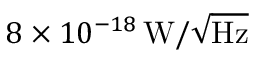
{ 8 \times 1 0 ^ { - 1 8 } \, \mathrm { W } / \sqrt { \mathrm { H z } } }